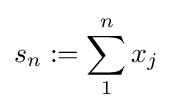
s_{n}:=\sum _{1}^{n}x_{j}